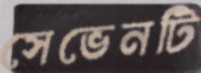
সেভেনটি